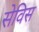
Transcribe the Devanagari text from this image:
सेविस